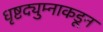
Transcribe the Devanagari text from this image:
धृष्टद्युम्नाकडून